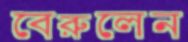
বেরুলেন